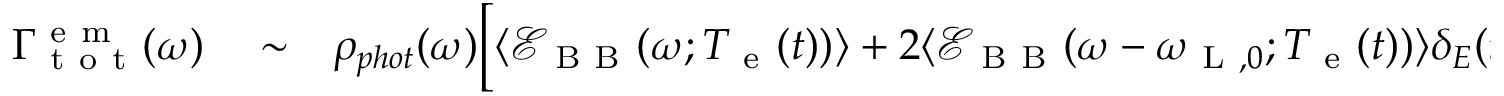
\begin{array} { r l r } { \Gamma _ { \mathrm { ~ t ~ o ~ t ~ } } ^ { \mathrm { ~ e ~ m ~ } } ( \omega ) } & { { } \sim } & { \rho _ { p h o t } ( \omega ) \Big [ \langle \mathcal { E } _ { \mathrm { ~ B ~ B ~ } } ( \omega ; T _ { \mathrm { ~ e ~ } } ( t ) ) \rangle + 2 \langle \mathcal { E } _ { \mathrm { ~ B ~ B ~ } } ( \omega - \omega _ { \mathrm { ~ L ~ } , 0 } ; T _ { \mathrm { ~ e ~ } } ( t ) ) \rangle \delta _ { E } ( t ) } \end{array}